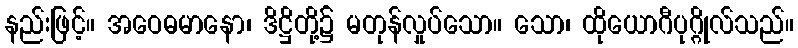
နည်းဖြင့်။ အဝေဓမာနော၊ ဒိဋ္ဌိတို့၌ မတုန်လှုပ်သော။ သော၊ ထိုယောဂီပုဂ္ဂိုလ်သည်။